Annual report of the Punjab Veterinary College and of the Civil Veterinary Department, Punjab - 1926-1932
Year: 1926
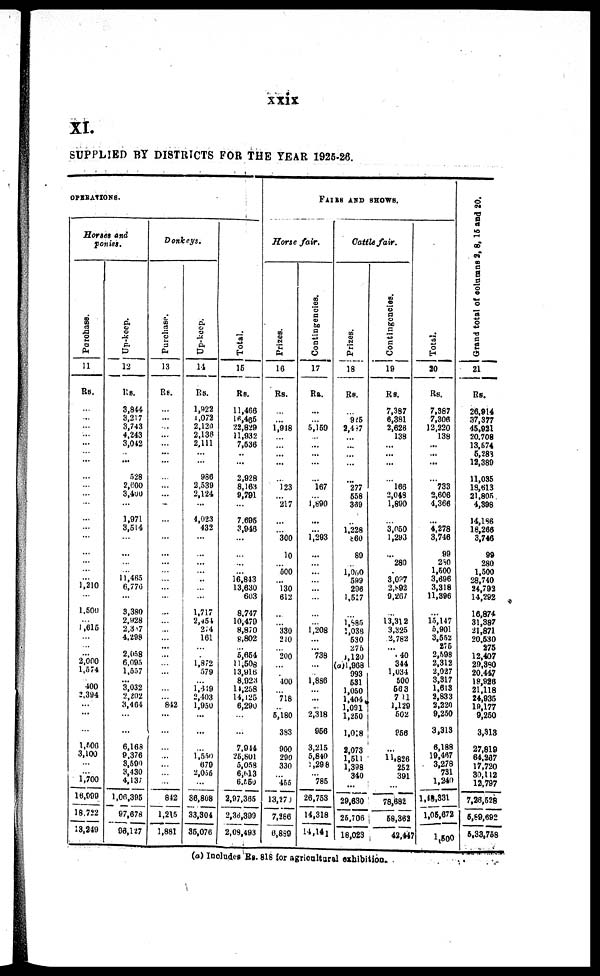
xxix
XI.
SUPPLIED BY DISTRICTS FOR THE YEAR 1925-26.
OPERATIONS.
Horses and
ponies.
Purchase.
11
Rs.
...
...
...
...
...
...
...
...
...
...
...
...
...
...
...
...
...
...
1,210
...
1.500
... 1,615
...
...
... 2,000
1,574
... 400
2,394
...
...
...
1,506
3,100
...
1,700
16,000
18,722
13,249
Up-keep.
12
Rs.
3,844
3,217
3,743
4,243
3,042
...
...
528
2,600
3,400
...
1,971
3,514
...
...
...
... 11,465
6,770
...
3.380
2,928
2,317
4.298
... 2,058
6,095
1,557
... 3,032
2,202
3,464
...
...
6,168
0.376
3,500
3,430
4,137
1,06,395
97,678
03,127
Donkeys,
Purchase.
13
R8.
...
...
...
...
...
...
...
...
...
...
...
...
...
...
...
...
...
...
...
...
...
...
...
...
...
...
...
...
...
...
... 842
...
...
...
...
...
...
842
1,215
1,881
Up-keep.
14
Rs.
1,922
1,072
2,120
2,138
2,111
...
...
986
2,539
2,124
...
4,023
432
...
...
...
...
...
...
...
1,717
2,454
214
161
...
... 1,872
579
... 1,619
2,403
1,950
...
...
...
1,550
670
2,055
36,808
33,304
35,076
Total.
16
Rs.
11,466
16,466
22,829
11,932
7,536
...
...
2,928
8,163
9,701
...
7.695
3,916
...
...
...
... 16,843
13,630
603
8.747
10,479
8,870
8,802
... 5,654
11,508
13,916
8,923
14,258
14,125
6,290
...
...
7,944
25,801
5,058
6,613
6,650
2,97.365
2,38,399
2,08,493
FAIRS AND SHOWS.
Horse
fair.
Prizes.
16
Rs.
...
...
1,948
...
...
...
...
...
123
...
"217
...
...
300
10
...
500
...
130
612
...
...
330
240
...
200
...
...
400
...
718
...
5,180
393
900
290
330
455
13,270
7,286
6,889
Contingencies.
17
Rs.
...
... 5,169
...
...
...
...
...
167
...
1,890
...
...
1,293
...
...
...
...
...
...
...
... 1,208
...
... "738
...
... 1,886
...
...
...
2,318
966
3,215
5,840
1,298
785
26,753
14,318
14,141
Cattle
fair.
Prizes.
18
Rs.
...
985
2,487
...
...
...
...
...
"277
558
369
...
1,228
860
80
...
1,000
599
296
1,517
...
1,885
1,038
530
275
1,120
(a)1,968
993
631
1,050
1,404
1,091
1,250
1,018
2,073
1,511
1,398
340
29,630
25,706
18,023
Contingencies.
19
Rs.
7,387
6,381
2,626
138
...
...
...
...
"l66
2,048
1,890
...
3,050
1,293
...
280
... 3,097
2,892
9,267
...
13,312
3,325
2,782
... 140
344
1,034
500
663
711
1,129
502
968
...
11,826
252
391
78,682
58,862
42,447
Total.
20
Rs.
7,387
7,306
12,220
138
...
...
...
...
733
2,606
4,366
...
4,278
3,746
99
280
1,500
3,696
3,318
11,396
...
15,147
6,901
3,552
275
2,698
2,312
2,027
3,817
1,613
2,833
2,220
9,250
3,313
6,188
19,467
3,278
731
1,240
1,48,831
1,06,672
1,500
Grand total of columns 2, 8, 16 and 20.
21
Rs.
26,914
37,377
45,921
20.708
13,574
5,283
12,389
11,036
18,613
21,805
4,398
14,196
18,266
3,746
99
280
1,500
28,740
24,792
14,292
16,874
31,387
21,871
20.630
276
12,407
29,390
20.447
18,926
21,118
24,935
19,177
9,260
3,313
27,819
64,207
17,720
30,112
12,797
7,26,628
6,69,692
5,33,758
(a) Includes Rs. 818 for agricultural exhibition.